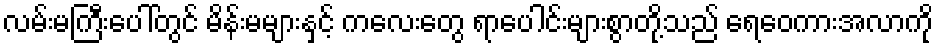
လမ်းမကြီးပေါ်တွင် မိန်းမများနှင့် ကလေးတွေ ရာပေါင်းများစွာတို့သည် ရေဝေကားအလာကို